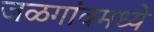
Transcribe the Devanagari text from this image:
जळगांवमध्ये